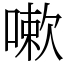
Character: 嗽